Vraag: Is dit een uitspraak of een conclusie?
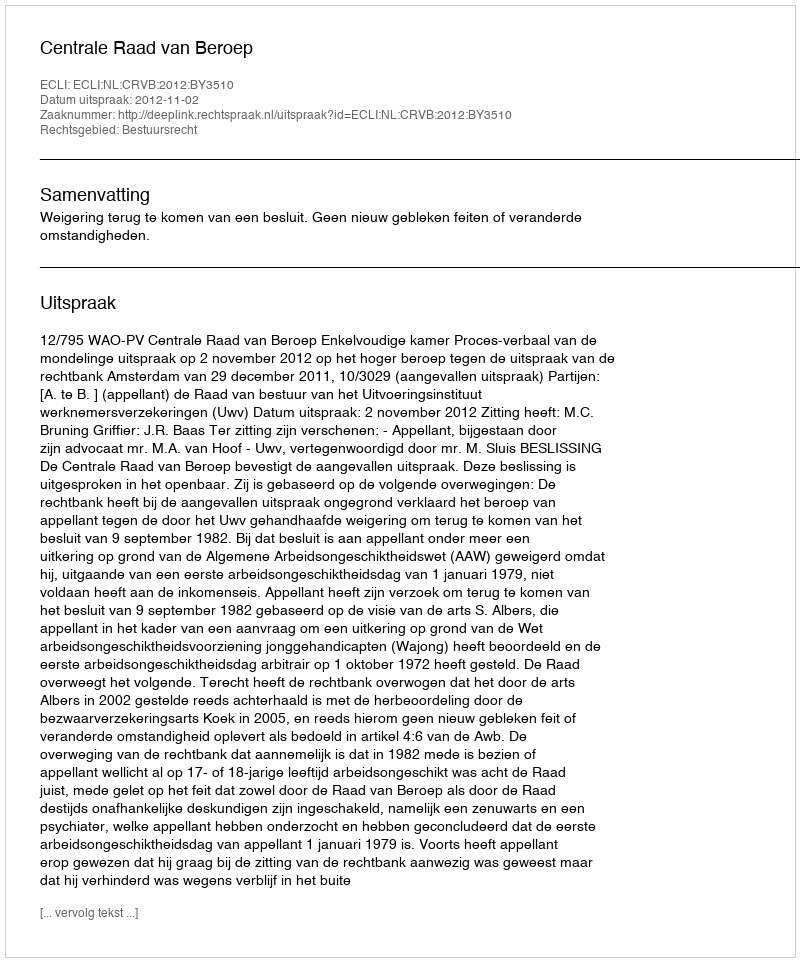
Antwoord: Uitspraak